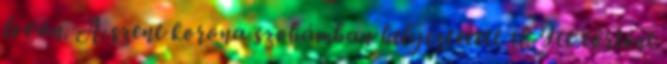
lován. A szent korona szobámban helyeztetett el. Itt történt